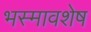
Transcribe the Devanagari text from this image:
भस्मावशेष